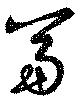
冨